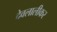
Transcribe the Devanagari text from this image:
देवलालीकर